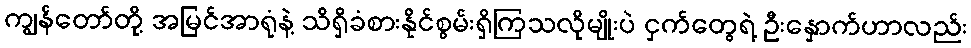
ကျွန်တော်တို့ အမြင်အာရုံနဲ့ သိရှိခံစားနိုင်စွမ်းရှိကြသလိုမျိုးပဲ ငှက်တွေရဲ့ ဦးနှောက်ဟာလည်း